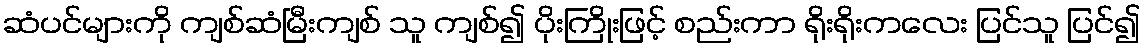
ဆံပင်များကို ကျစ်ဆံမြီးကျစ် သူ ကျစ်၍ ပိုးကြိုးဖြင့် စည်းကာ ရိုးရိုးကလေး ပြင်သူ ပြင်၍